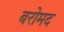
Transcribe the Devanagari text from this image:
बरोमद